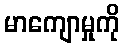
မာကျောမှုကို